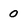
Character: 0